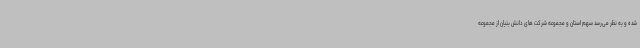
شده و به نظر می‌رسد سهم استان و مجموعه شرکت های دانش بنیان از مجموعه